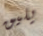
يليق